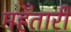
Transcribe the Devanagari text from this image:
महँतारी